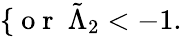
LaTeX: \left\{ \begin{array}{rl}\end{array}\right.\mathrm{~o~r~}\ \tilde{\Lambda}_{2}<-1.